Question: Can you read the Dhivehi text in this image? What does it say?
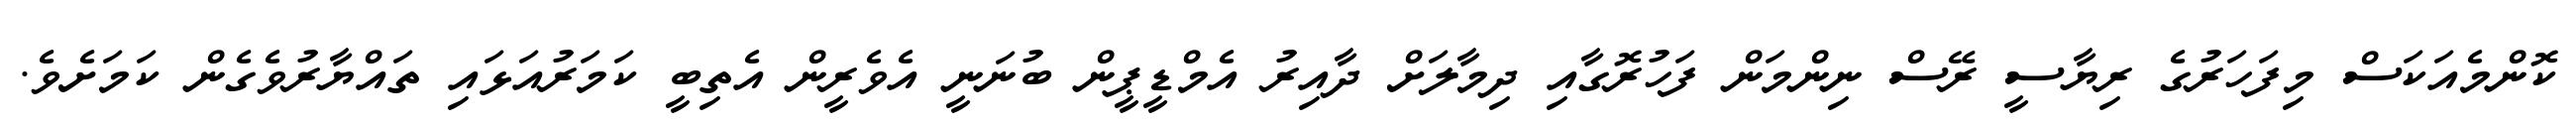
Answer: ކޮންމެއަކަސް މިފަހަރުގެ ރިޔާސީ ރޭސް ނިންމަން ފަހުރޮގާއި ދިމާލަށް ދާއިރު އެމްޑީޕީން ބުނަނީ އެވެރީން އެތިބީ ކަމަރުއަޅައި ތައްޔާރުވެގެން ކަމަށެވެ.